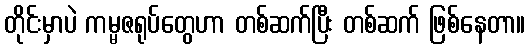
တိုင်းမှာပဲ ကမ္မဇရုပ်တွေဟာ တစ်ဆက်ပြီး တစ်ဆက် ဖြစ်နေတာ။